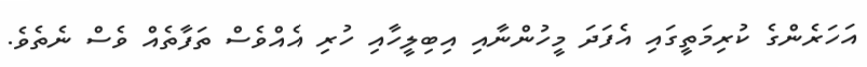
އަހަރެންގެ ކުރިމަތީގައި އެފަދަ މީހުންނާއި އިބިލީހާއި ހުރި އެއްވެސް ތަފާތެއް ވެސް ނެތެވެ.